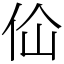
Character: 佡